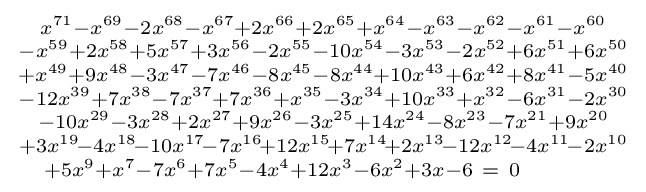
{\begin{smallmatrix}x^{71}-x^{69}-2x^{68}-x^{67}+2x^{66}+2x^{65}+x^{64}-x^{63}-x^{62}-x^{61}-x^{60}\\-x^{59}+2x^{58}+5x^{57}+3x^{56}-2x^{55}-10x^{54}-3x^{53}-2x^{52}+6x^{51}+6x^{50}\\+x^{49}+9x^{48}-3x^{47}-7x^{46}-8x^{45}-8x^{44}+10x^{43}+6x^{42}+8x^{41}-5x^{40}\\-12x^{39}+7x^{38}-7x^{37}+7x^{36}+x^{35}-3x^{34}+10x^{33}+x^{32}-6x^{31}-2x^{30}\\-10x^{29}-3x^{28}+2x^{27}+9x^{26}-3x^{25}+14x^{24}-8x^{23}-7x^{21}+9x^{20}\\+3x^{19}\!-4x^{18}\!-10x^{17}\!-7x^{16}\!+12x^{15}\!+7x^{14}\!+2x^{13}\!-12x^{12}\!-4x^{11}\!-2x^{10}\\+5x^{9}+x^{7}-7x^{6}+7x^{5}-4x^{4}+12x^{3}-6x^{2}+3x-6\ =\ 0\quad \quad \quad \end{smallmatrix}}